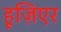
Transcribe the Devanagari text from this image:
हूज़िएर